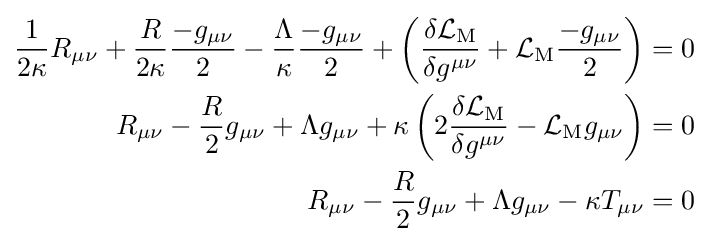
{\begin{aligned}{\frac {1}{2\kappa }}R_{\mu \nu }+{\frac {R}{2\kappa }}{\frac {-g_{\mu \nu }}{2}}-{\frac {\Lambda }{\kappa }}{\frac {-g_{\mu \nu }}{2}}+\left({\frac {\delta {\mathcal {L}}_{\mathrm {M} }}{\delta g^{\mu \nu }}}+{\mathcal {L}}_{\mathrm {M} }{\frac {-g_{\mu \nu }}{2}}\right)&=0\\R_{\mu \nu }-{\frac {R}{2}}g_{\mu \nu }+\Lambda g_{\mu \nu }+\kappa \left(2{\frac {\delta {\mathcal {L}}_{\mathrm {M} }}{\delta g^{\mu \nu }}}-{\mathcal {L}}_{\mathrm {M} }g_{\mu \nu }\right)&=0\\R_{\mu \nu }-{\frac {R}{2}}g_{\mu \nu }+\Lambda g_{\mu \nu }-\kappa T_{\mu \nu }&=0\end{aligned}}